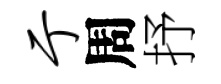
亍周抒